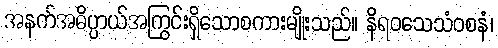
အနက်အဓိပ္ပာယ်အကြွင်းရှိသောစကားမျိုးသည်။ နိရဝသေသံဝစနံ၊